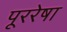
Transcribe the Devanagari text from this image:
पूररेषा